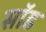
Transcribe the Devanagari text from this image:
सॉड